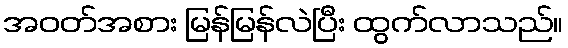
အဝတ်အစား မြန်မြန်လဲပြီး ထွက်လာသည်။